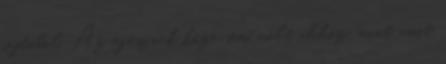
sajtóból. Az egésznek köze sem volt ahhoz, mint amit